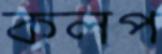
কলপ